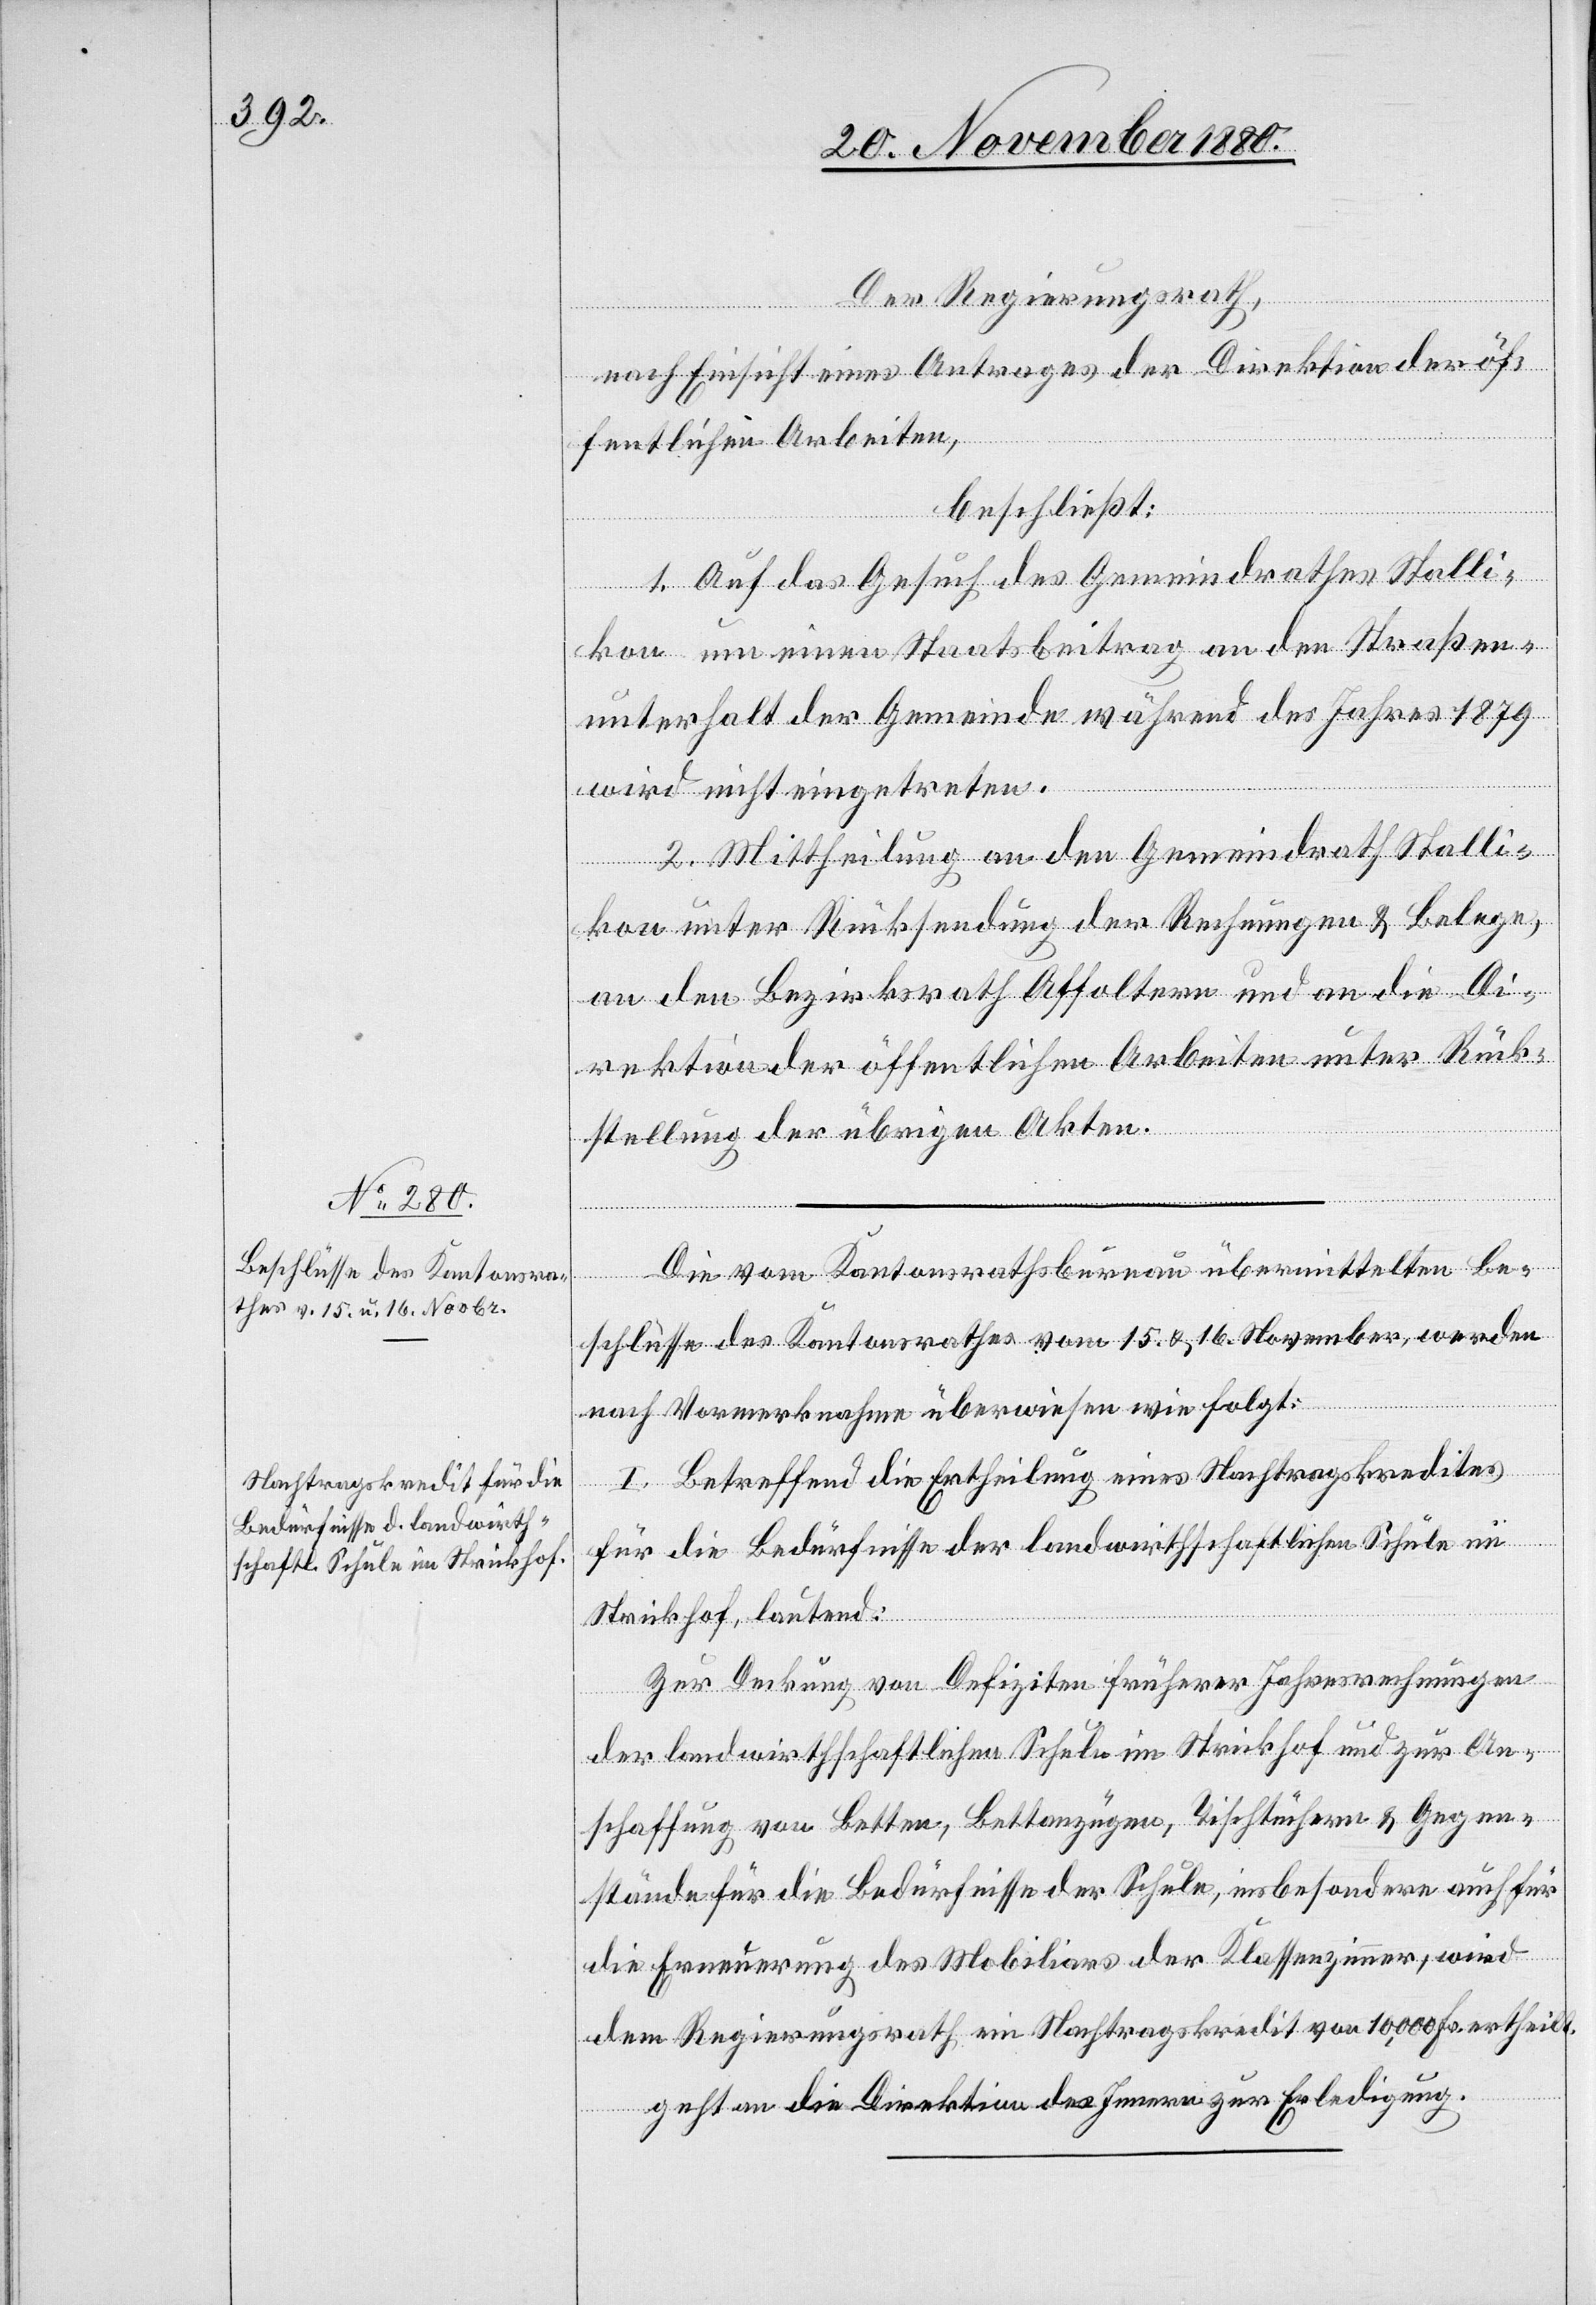
Der Regierungsrath,
nach Einsicht eines Antrages der Direktion der öf¬
fentlichen Arbeiten,
beschließt:
1. Auf das Gesuch des Gemeindrathes Stalli¬
kon um einen Staatsbeitrag an den Straßen¬
unterhalt der Gemeinde während des Jahres 1879
wird nicht eingetreten.
2. Mittheilung an den Gemeindrath Stalli¬
kon unter Rücksendung der Rechnungen & Belege,
an den Bezirksrath Affoltern und an die Di¬
rektion der öffentlichen Arbeiten unter Rück¬
stellung der übrigen Akten.
Die vom Kantonsrathsbureau übermittelten Be¬
schlüsse des Kantonsrathes vom 15. 16. November, werden
nach Vormerknahme überwiesen wie folgt:
I. Betreffend die Ertheilung eines Nachtragskredites
für die Bedürfnisse der landwirtschaftlichen Schule im
Strickhof, lautend:
Zur Deckung von Defiziten früherer Jahresrechnungen
der landwirthschaftlichen Schule im Strickhof und zur An¬
schaffung von Betten, Bettanzügen, Tischtüchern & Gegen¬
stände für die Bedürfnisse der Schule, insbesondere auch für
die Erneuerung des Mobiliars der Klassenzimmer, wird
dem Regierungsrath ein Nachtragskredit von 10,000 Fr. ertheilt.
geht an die Direktion des Innern zur Erledigung.